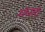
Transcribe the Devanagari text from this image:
मंधातृ